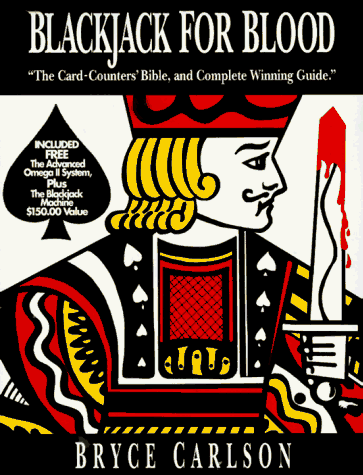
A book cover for Blackjack for Blood: The Card-Counters' Bible, and Complete Winning Guide; Bryce Carlson; Humor & Entertainment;